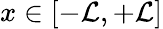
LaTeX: x\in[-\mathcal{L},+\mathcal{L}]